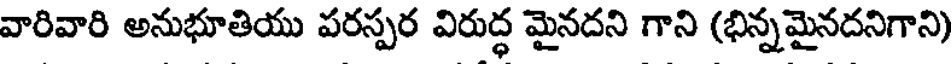
వారివారి అనుభూతియు పరస్పర విరుద్ధ మైనదని గాని (భిన్నమైనదనిగాని)